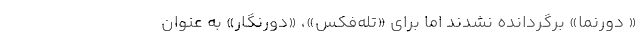
« دور‌نما» برگردانده نشدند اما برای «تله‌فکس»، «دورنگار» به عنوان